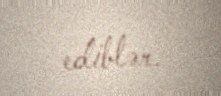
ediblər.